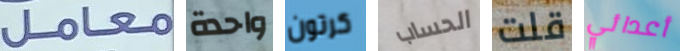
معامل واحدة كرتون الحساب قلت أعدائي